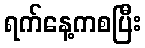
ရက်နေ့ကစပြီး